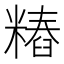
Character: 𰫐